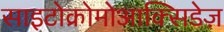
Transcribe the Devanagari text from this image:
साइटोक्रोमोआक्सिडेज़